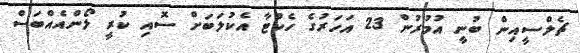
ޗެލްސީއިން ބުނީ އުމުރުން 23 އަހަރުގެ ހެކްޓާ އެކުލަބަށް ސޮއި ކުރީ ލޯންއެއްބަސް